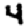
Digit: 4